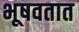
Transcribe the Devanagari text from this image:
भूषवतात